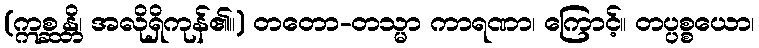
(ဣစ္ဆန္တိ၊ အလိုရှိကုန်၏။) တတော-တသ္မာ ကာရဏာ၊ ကြောင့်။ တပ္ပစ္စယော၊